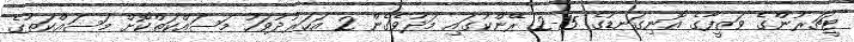
ޓީޗަރުންގެ ވަޒީފާގެ އޮނިގަނޑުގެ 15-2 ރޭންކުގައި މަދުވެގެން 2 އަހަރުދުވަހު މަސައްކަތްކޮށް މަސައްކަތުގެ